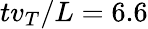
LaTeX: tv_{T}/L=6.6